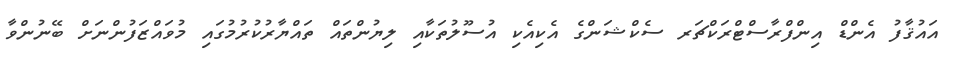
އައުޤާފު އެންޑް އިންފްރާސްޓްރަކްޗަރ ސެކްޝަންގެ އެކިއެކި އުސޫލުތަކާއި ލިޔުންތައް ތައްޔާރުކުރުމުގައި މުވައްޒަފުންނަށް ބޭނުންވާ